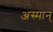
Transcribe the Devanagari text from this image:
अस्मान्